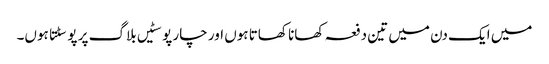
میں ایک دن میں تین دفعہ کھانا کھاتا ہوں اور چار پوسٹیں بلاگ پر پوسٹتا ہوں۔